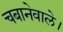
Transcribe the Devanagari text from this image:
चबानेवाले।